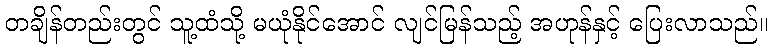
တချိန်တည်းတွင် သူ့ထံသို့ မယုံနိုင်အောင် လျင်မြန်သည့် အဟုန်နှင့် ပြေးလာသည်။